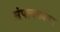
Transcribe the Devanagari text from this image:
संपादकावर